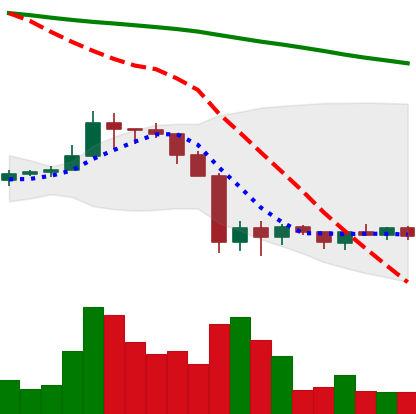
Ticker: ADA-USD
Chart end date: 2019-10-03
Forward return: 8.029%
Label: up_7plus